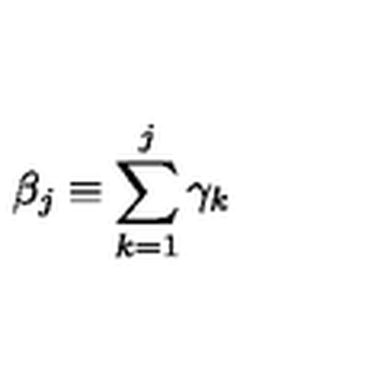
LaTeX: \beta _ { j } \equiv \sum _ { k = 1 } ^ { j } \gamma _ { k }